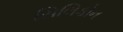
સિલિકોન